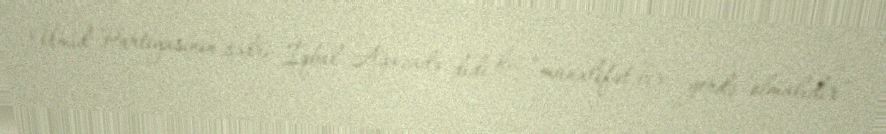
Ümid Partiyasının sədri İqbal Ağazadə dedi ki, “müxalifət bir yerdə olmalıdır”